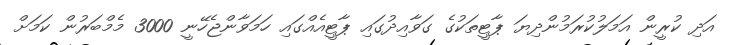
އަދި ކުރީން އަމަލުކުރަމުންދިޔަ ޕާޓީތަކުގެ ގަވާއިދުގައި ޕާޓީއެއްގައި ހަމަވާންޖެހޭނީ 3000 މެމްބަރުން ކަމަށް